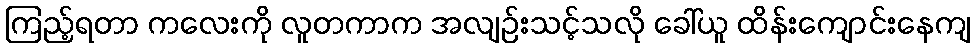
ကြည့်ရတာ ကလေးကို လူတကာက အလျဉ်းသင့်သလို ခေါ်ယူ ထိန်းကျောင်းနေကျ